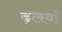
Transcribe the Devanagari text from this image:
ढ़लवाँ